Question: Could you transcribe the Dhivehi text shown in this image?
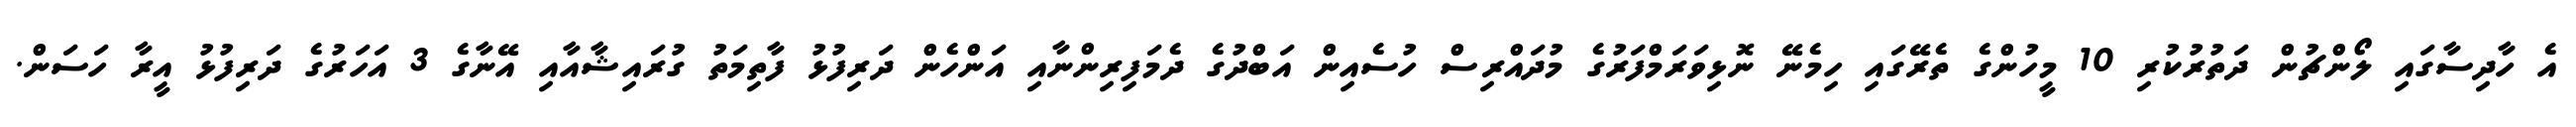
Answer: އެ ހާދިސާގައި ލޯންޗުން ދަތުރުކުރި 10 މީހުންގެ ތެރޭގައި ހިމެނޭ ނޮޅިވަރަމްފަރުގެ މުދައްރިސް ހުސެއިން އަބްދުގެ ދެމަފިރިންނާއި އަންހެން ދަރިފުޅު ފާތިމަތު ގުރައިޝާއާއި އޭނާގެ 3 އަހަރުގެ ދަރިފުޅު އީރާ ހަސަން.